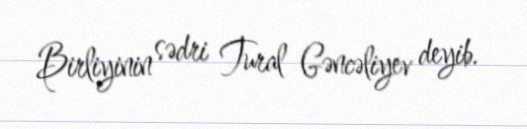
Birliyinin sədri Tural Gəncəliyev deyib.